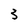
Character: 3